Mental hospitals Bombay report 1921-28 - 1921-1928
Year: 1921
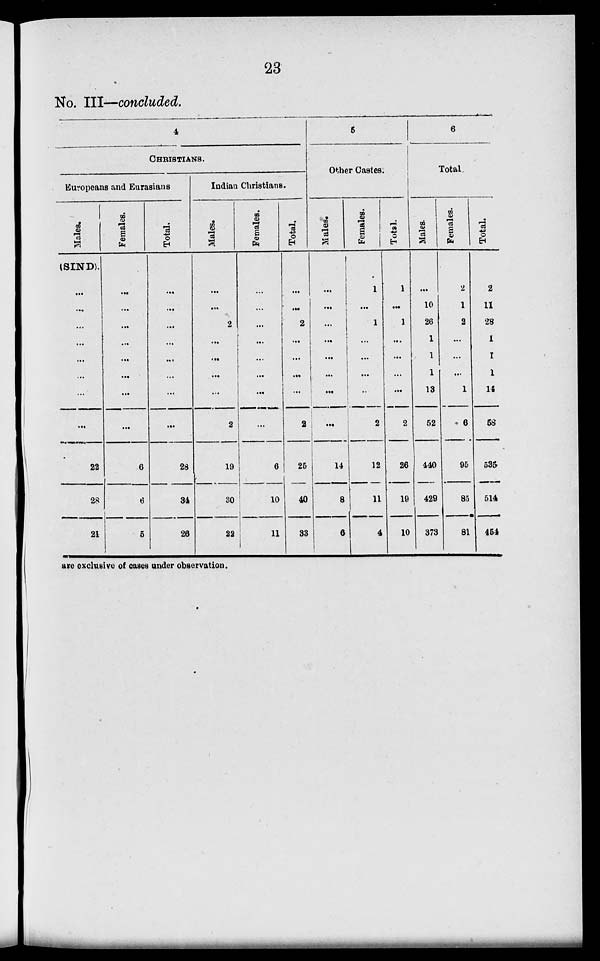
23
No. III—concluded.
4
CHRISTIANS.
Europeans and Eurasians
Males.
(SIND).
...
...
...
...
...
...
...
...
22
28
21
Females.
...
...
...
...
...
...
...
...
6
6
5
Total.
...
...
...
...
...
...
...
...
28
34
26
Indian Christians.
Males.
...
...
2
...
...
...
...
2
19
30
22
Females.
...
...
...
...
...
...
...
...
6
10
11
Total.
...
...
2
...
...
...
...
2
25
40
33
5
Other Castes.
Males.
...
...
...
...
...
...
...
...
14
8
6
Females.
1
...
1
...
...
...
..
2
12
11
4
Total.
1
...
1
...
...
...
...
2
26
19
10
6
Total
Males.
...
10
26
1
1
1
13
52
440
429
373
Females.
2
1
2
...
...
...
1
6
95
85
81
Total.
2
11
28
1
1
1
14
58
535
514
454
are exclusive of cases under observation.